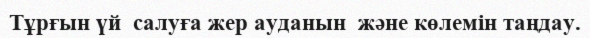
Тұрғын үй  салуға жер ауданын  және көлемiн таңдау.